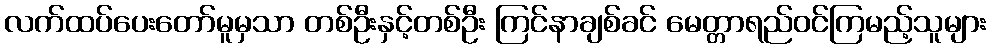
လက်ထပ်ပေးတော်မူမှသာ တစ်ဦးနှင့်တစ်ဦး ကြင်နာချစ်ခင် မေတ္တာရည်ဝင်ကြမည့်သူများ